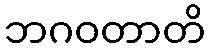
ဘဂဝတာတိ